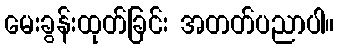
မေးခွန်းထုတ်ခြင်း အတတ်ပညာပါ။